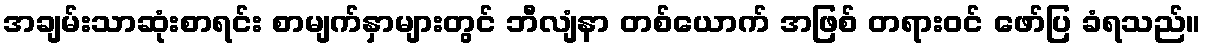
အချမ်းသာဆုံးစာရင်း စာမျက်နှာများတွင် ဘီလျံနာ တစ်ယောက် အဖြစ် တရားဝင် ဖော်ပြ ခံရသည်။